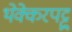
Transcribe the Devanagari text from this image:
थेक्केरपट्टु